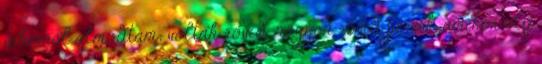
sikerről álmodtam; voltak rövid, nagyon rövid percek, amikor oly